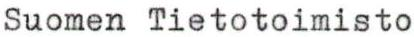
Suomen Tietotoimisto